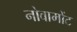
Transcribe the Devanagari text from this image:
नोवामोंट